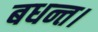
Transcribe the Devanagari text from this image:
बधन्त।